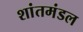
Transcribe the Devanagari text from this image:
शांतमंडल